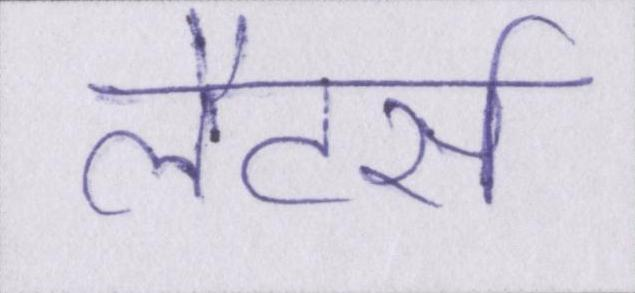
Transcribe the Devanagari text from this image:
लैटर्स